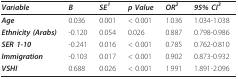
<table><thead><tr><td><b><i>Variable</i></b></td><td><b><i>B</i></b></td><td><b><i>SE<sup>1</sup></i></b></td><td><b><i>p Value</i></b></td><td><b><i>OR<sup>2</sup></i></b></td><td><b><i>95% CI<sup>3</sup></i></b></td></tr></thead><tbody><tr><td><b><i>Age</i></b></td><td>0.036</td><td>0.001</td><td>&lt; 0.001</td><td>1.036</td><td>1.034-1.038</td></tr><tr><td><b><i>Ethnicity (Arabs)</i></b></td><td>-0.120</td><td>0.054</td><td>0.026</td><td>0.887</td><td>0.798-0.986</td></tr><tr><td><b><i>SER 1-10</i></b></td><td>-0.241</td><td>0.016</td><td>&lt; 0.001</td><td>0.785</td><td>0.762-0.810</td></tr><tr><td><b><i>Immigration</i></b></td><td>-0.103</td><td>0.017</td><td>&lt; 0.001</td><td>0.902</td><td>0.873-0.932</td></tr><tr><td><b><i>VSHI</i></b></td><td>0.688</td><td>0.026</td><td>&lt; 0.001</td><td>1.991</td><td>1.891-2.096</td></tr></tbody></table>